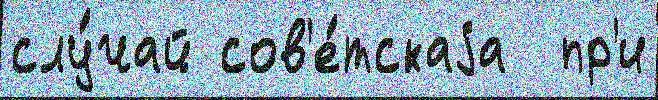
слу́чай сов'е́тскаjа  пр'и